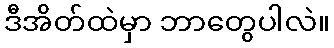
ဒီအိတ်ထဲမှာ ဘာတွေပါလဲ။